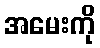
အမေးကို